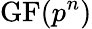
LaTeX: \mathrm{GF}(p^{n})